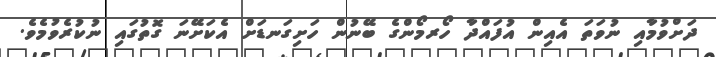
ދަށްވުމާއި ނުވަތަ އެއިން އުފައްދާ ހޯރމޯންގެ ބޭނުން ހަށިގަނޑަށް އެކަށޭނަ ގޮތުގައި ނުކުރެވުމެވެ.